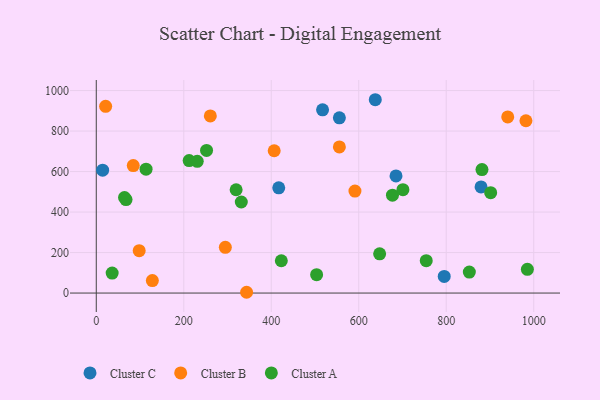
{"axis": {"x": "Engine Size", "y": "Exam Score"}, "legend": ["Cluster A", "Cluster B", "Cluster C"], "data": [{"x": "517.3", "y": 904.8, "type": "Cluster C"}, {"x": "14.5", "y": 606.9, "type": "Cluster C"}, {"x": "685.2", "y": 578.3, "type": "Cluster C"}, {"x": "795.4", "y": 82.0, "type": "Cluster C"}, {"x": "637.8", "y": 954.8, "type": "Cluster C"}, {"x": "417.1", "y": 519.9, "type": "Cluster C"}, {"x": "879.6", "y": 524.1, "type": "Cluster C"}, {"x": "555.7", "y": 865.5, "type": "Cluster C"}, {"x": "128.2", "y": 61.9, "type": "Cluster B"}, {"x": "591.3", "y": 503.9, "type": "Cluster B"}, {"x": "21.4", "y": 922.1, "type": "Cluster B"}, {"x": "555.7", "y": 721.5, "type": "Cluster B"}, {"x": "940.6", "y": 869.9, "type": "Cluster B"}, {"x": "343.6", "y": 3.9, "type": "Cluster B"}, {"x": "982.2", "y": 851.0, "type": "Cluster B"}, {"x": "295.0", "y": 225.8, "type": "Cluster B"}, {"x": "406.7", "y": 702.7, "type": "Cluster B"}, {"x": "84.5", "y": 629.4, "type": "Cluster B"}, {"x": "98.1", "y": 209.2, "type": "Cluster B"}, {"x": "260.7", "y": 874.8, "type": "Cluster B"}, {"x": "212.3", "y": 654.1, "type": "Cluster A"}, {"x": "503.7", "y": 90.8, "type": "Cluster A"}, {"x": "852.8", "y": 103.5, "type": "Cluster A"}, {"x": "754.3", "y": 160.1, "type": "Cluster A"}, {"x": "252.1", "y": 704.5, "type": "Cluster A"}, {"x": "647.8", "y": 193.9, "type": "Cluster A"}, {"x": "985.5", "y": 117.0, "type": "Cluster A"}, {"x": "331.5", "y": 449.7, "type": "Cluster A"}, {"x": "677.1", "y": 483.6, "type": "Cluster A"}, {"x": "423.0", "y": 159.6, "type": "Cluster A"}, {"x": "113.8", "y": 611.8, "type": "Cluster A"}, {"x": "64.5", "y": 471.9, "type": "Cluster A"}, {"x": "230.8", "y": 650.6, "type": "Cluster A"}, {"x": "901.6", "y": 495.6, "type": "Cluster A"}, {"x": "36.3", "y": 98.9, "type": "Cluster A"}, {"x": "68.0", "y": 461.7, "type": "Cluster A"}, {"x": "319.7", "y": 510.1, "type": "Cluster A"}, {"x": "701.0", "y": 510.6, "type": "Cluster A"}, {"x": "881.7", "y": 609.8, "type": "Cluster A"}]}